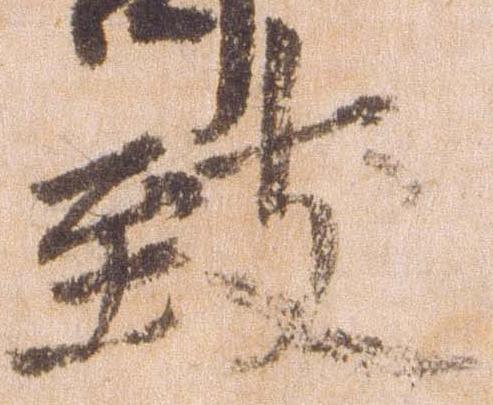
致